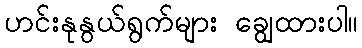
ဟင်းနုနွယ်ရွက်များ ချွေထားပါ။